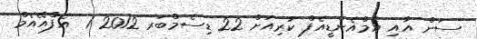
ސަން އާއި އެމްއެންޑީއެފް ކުރިއަށް 22 ޑިސެމްބަރ 2012 1  އެފްއޭއެމް